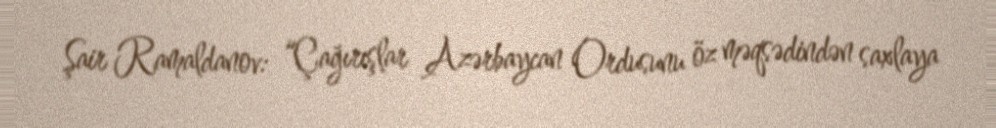
Şair Ramaldanov: “Çağırışlar Azərbaycan Ordusunu öz məqsədindən saxlaya